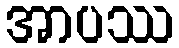
အာပဿ